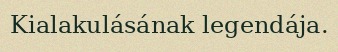
Kialakulásának legendája.